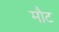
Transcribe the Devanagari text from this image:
मौट